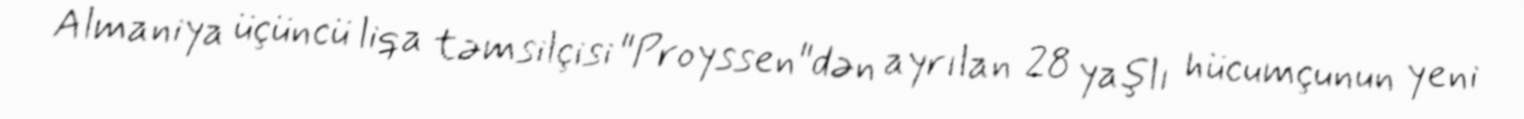
Almaniya üçüncü liqa təmsilçisi "Proyssen"dən ayrılan 28 yaşlı hücumçunun yeni